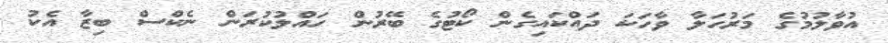
އުވާލުމުގެ މަރުހަލާ ވާހަކަ ދައްކައިގެން ކޯޓުގެ ބޭރުން ހައްލުކުރަން ނެކްސް ބިޒާ އެކު